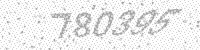
Solution: 780395